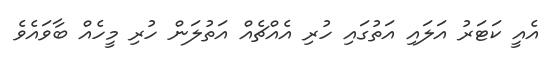
އެއީ ކަޓަރު އަލައި އަތުގައި ހުރި އެއްޗެއް އަތުލަން ހުރި މީހެއް ބާވައެވެ